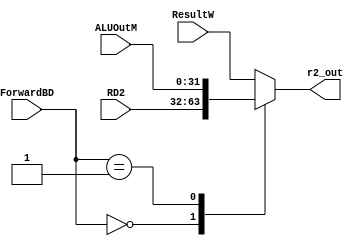
`timescale 1ns / 1ps
//////////////////////////////////////////////////////////////////////////////////
// Company: 
// Engineer: 
// 
// Design Name: 
// Module Name:    ForwardBD_MUX 
// Project Name: 
// Target Devices: 
// Tool versions: 
// Description: 
//
// Dependencies: 
//
// Revision: 
// Revision 0.01 - File Created
// Additional Comments: 
//
//////////////////////////////////////////////////////////////////////////////////
module ForwardBD_MUX(
    input [1:0]ForwardBD,
	 input [31:0]ALUOutM,
	 input [31:0]RD2,
	 input [31:0]ResultW,
	 output reg [31:0]r2_out
    );
always @ (*)
begin
  case(ForwardBD)
    2'd0:r2_out = RD2;
	 2'd1:r2_out = ALUOutM;
	 default:r2_out = ResultW;
  endcase
end	 

endmodule